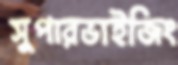
সুপারভাইজিং